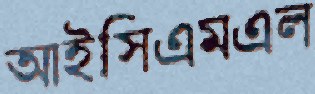
আইসিএমএল